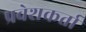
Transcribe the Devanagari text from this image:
प्रवेशकर्ता